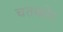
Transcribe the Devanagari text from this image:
चतकोर